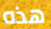
هذه